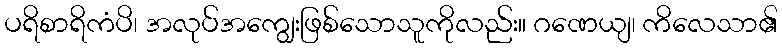
ပရိစာရိကံပိ၊ အလုပ်အကျွေးဖြစ်သောသူကိုလည်း။ ဂဏေယျ၊ ကိလေသာ၏